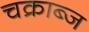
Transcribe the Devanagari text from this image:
चक्राब्ज